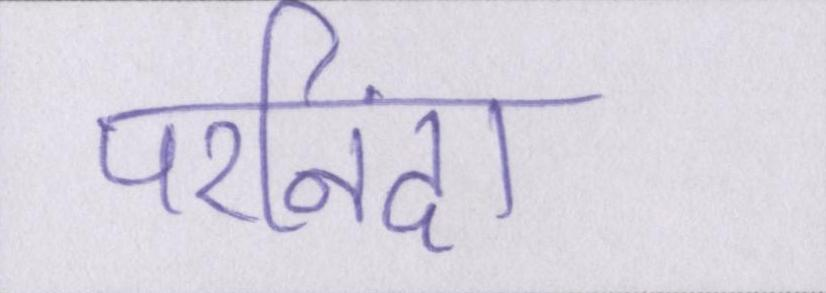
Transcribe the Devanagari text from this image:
परनिंदा